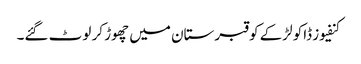
کنفیوز ڈاکو لڑکے کو قبرستان میں چھوڑ کر لوٹ گئے۔